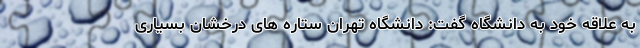
به علاقه خود به دانشگاه گفت: دانشگاه تهران ستاره های درخشان بسیاری